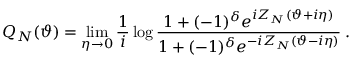
{ \cal Q } _ { N } ( \vartheta ) = \mathop { \operatorname * { l i m } } _ { \eta \rightarrow 0 } \frac { 1 } { i } \log \frac { 1 + ( - 1 ) ^ { \delta } e ^ { i Z _ { N } ( \vartheta + i \eta ) } } { 1 + ( - 1 ) ^ { \delta } e ^ { - i Z _ { N } ( \vartheta - i \eta ) } } \: .